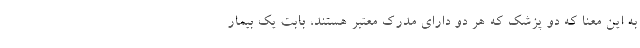
به این معنا که دو پزشک که هر دو دارای مدرک معتبر هستند، بابت یک بیمار